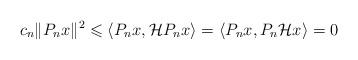
LaTeX: \begin{align*} c_n\| P_n x\|^2 \leqslant \langle P_nx,\mathcal{H} P_n x\rangle = \langle P_nx, P_n\mathcal{H} x\rangle =0 \end{align*}